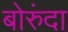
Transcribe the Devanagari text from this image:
बोरुंदा